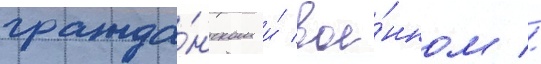
гражда́нском и́ вое́нном //